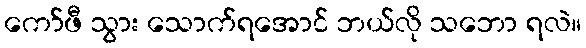
ကော်ဖီ သွား သောက်ရအောင် ဘယ်လို သဘော ရလဲ။